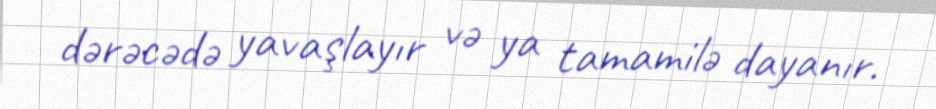
dərəcədə yavaşlayır və ya tamamilə dayanır.